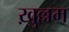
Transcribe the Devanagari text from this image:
ख़ुल्लम